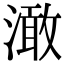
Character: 澉